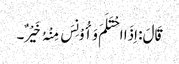
قَالَ: اِذَا احْتَلَمَ وَأُوْنِسَ مِنْہُ خَیْرٌ۔